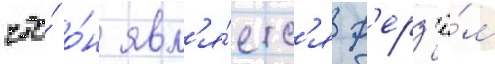
что́ о́н явл'я́етс'я ф'ерз'ё́м